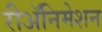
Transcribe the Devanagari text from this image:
रीअॅनिमेशन